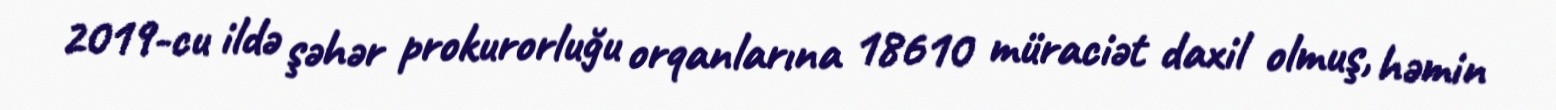
2019-cu ildə şəhər prokurorluğu orqanlarına 18610 müraciət daxil olmuş, həmin